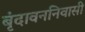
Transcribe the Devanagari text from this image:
बृंदावननिवासी